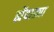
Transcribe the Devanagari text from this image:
ह्येंबाड्या